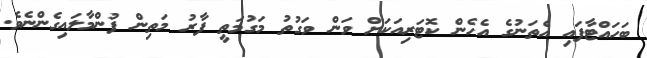
ބަހައްޓާފައި އެތަނުގެ އެހެން ކޮޓަރިއަކަށް ވަން ވަގުތު މަގުމަތީ ފާރު މަތިން ފުންމާލައިގެންނެވެ.